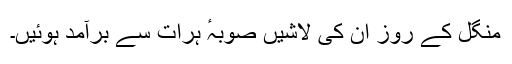
منگل کے روز اُن کی لاشیں صوبہٴ ہرات سے برآمد ہوئیں۔